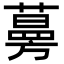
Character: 𦽦